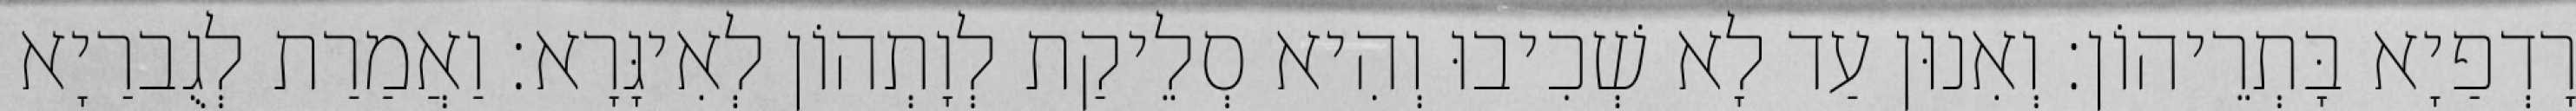
רָדְפַיָא בָּתְרֵיהוֹן׃ וְאִנוּן עַד לָא שְׁכִיבוּ וְהִיא סְלֵיקַת לְוָתְהוֹן לְאִיגָּרָא׃ וַאֲמַרַת לְגֻברַיָא